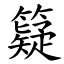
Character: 籎